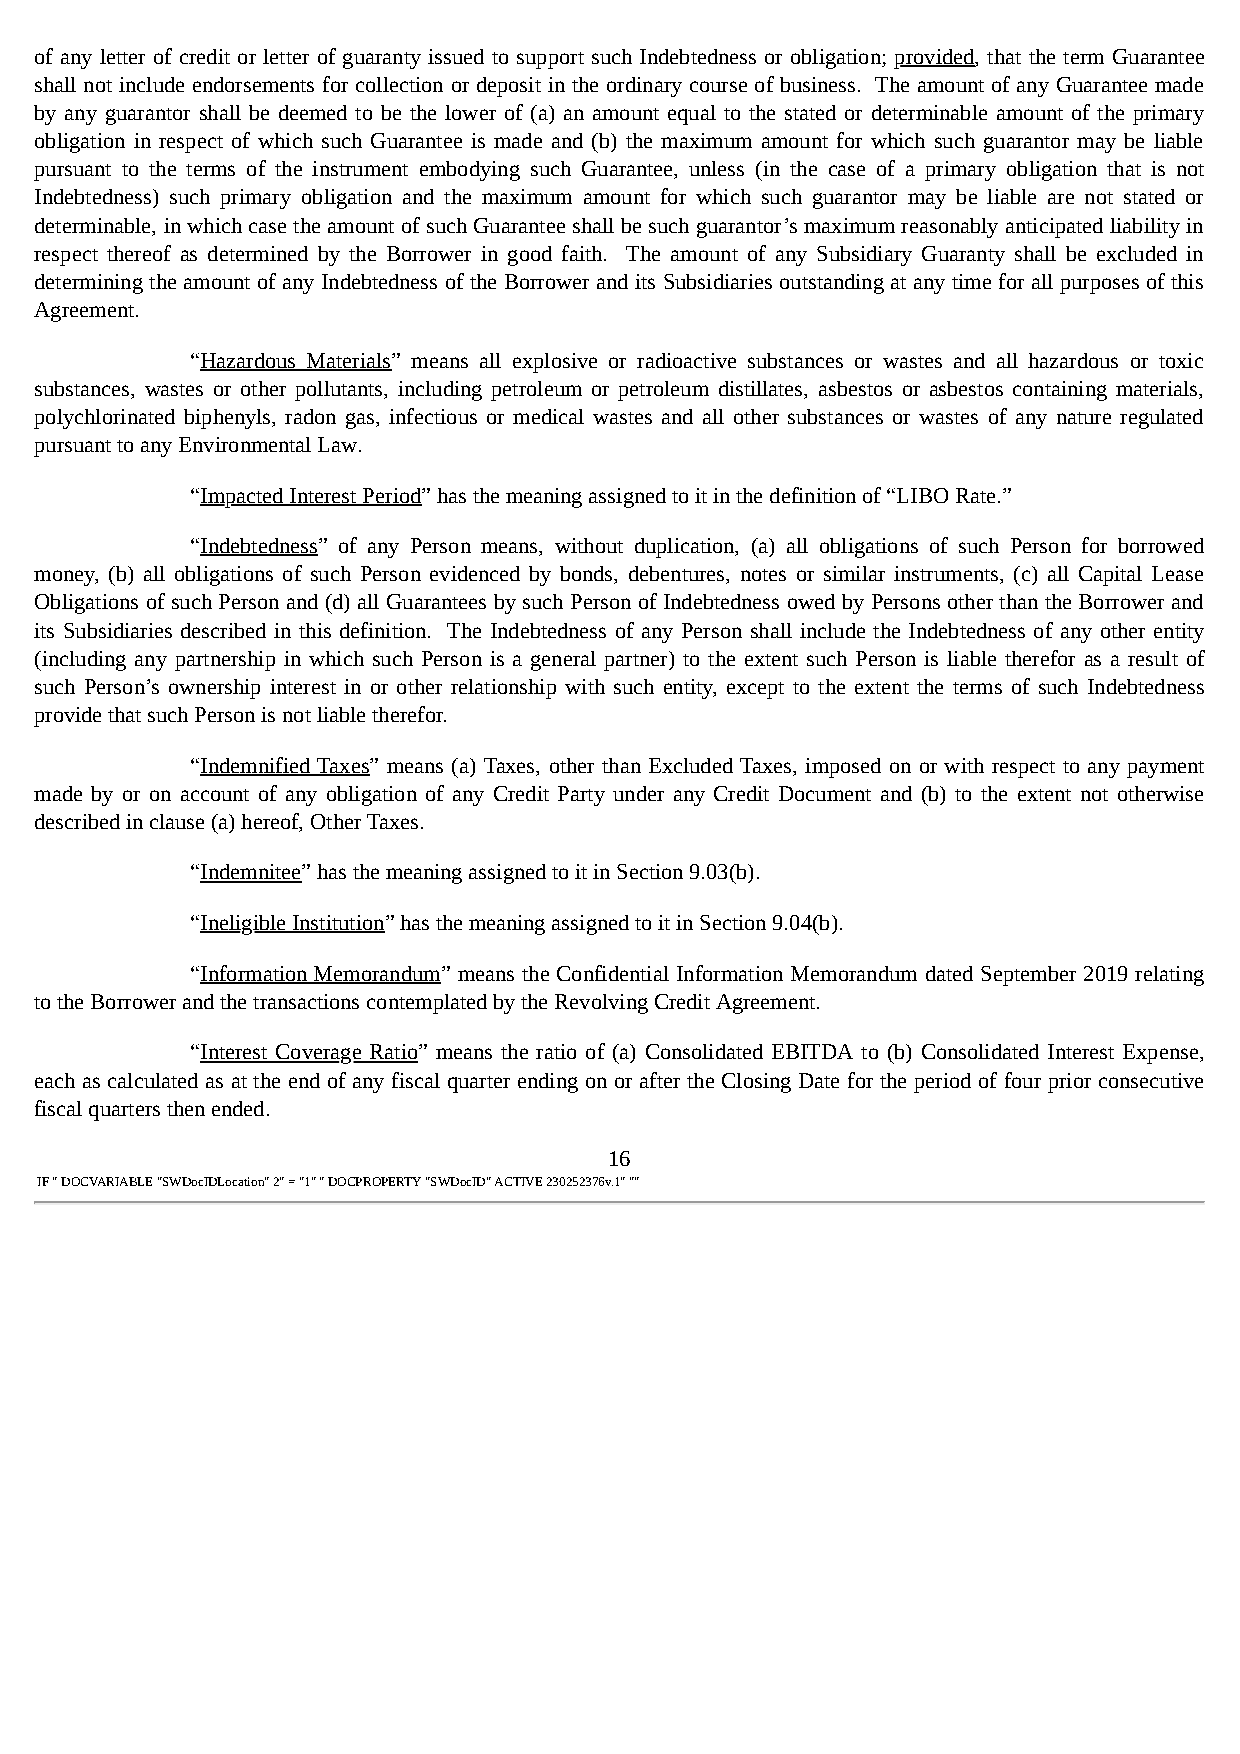
of any letter of credit or letter of guaranty issued to support such Indebtedness or obligation; provided, that the term Guarantee
 shall not include endorsements for collection or deposit in the ordinary course of business. The amount of any Guarantee made
 by any guarantor shall be deemed to be the lower of (a) an amount equal to the stated or determinable amount of the primary
 obligation in respect of which such Guarantee is made and (b) the maximum amount for which such guarantor may be liable
 pursuant to the terms of the instrument embodying such Guarantee, unless (in the case of a primary obligation that is not
 Indebtedness) such primary obligation and the maximum amount for which such guarantor may be liable are not stated or
 determinable, in which case the amount of such Guarantee shall be such guarantor’s maximum reasonably anticipated liability in
 respect thereof as determined by the Borrower in good faith. The amount of any Subsidiary Guaranty shall be excluded in
 determining the amount of any Indebtedness of the Borrower and its Subsidiaries outstanding at any time for all purposes of this
 Agreement.
 “Hazardous Materials” means all explosive or radioactive substances or wastes and all hazardous or toxic
 substances, wastes or other pollutants, including petroleum or petroleum distillates, asbestos or asbestos containing materials,
 polychlorinated biphenyls, radon gas, infectious or medical wastes and all other substances or wastes of any nature regulated
 pursuant to any Environmental Law.
 “Impacted Interest Period” has the meaning assigned to it in the definition of “LIBO Rate.”
 “Indebtedness” of any Person means, without duplication, (a) all obligations of such Person for borrowed
 money, (b) all obligations of such Person evidenced by bonds, debentures, notes or similar instruments, (c) all Capital Lease
 Obligations of such Person and (d) all Guarantees by such Person of Indebtedness owed by Persons other than the Borrower and
 its Subsidiaries described in this definition. The Indebtedness of any Person shall include the Indebtedness of any other entity
 (including any partnership in which such Person is a general partner) to the extent such Person is liable therefor as a result of
 such Person’s ownership interest in or other relationship with such entity, except to the extent the terms of such Indebtedness
 provide that such Person is not liable therefor.
 “Indemnified Taxes” means (a) Taxes, other than Excluded Taxes, imposed on or with respect to any payment
 made by or on account of any obligation of any Credit Party under any Credit Document and (b) to the extent not otherwise
 described in clause (a) hereof, Other Taxes.
 “Indemnitee” has the meaning assigned to it in Section 9.03(b).
 “Ineligible Institution” has the meaning assigned to it in Section 9.04(b).
 “Information Memorandum” means the Confidential Information Memorandum dated September 2019 relating
 to the Borrower and the transactions contemplated by the Revolving Credit Agreement.
 “Interest Coverage Ratio” means the ratio of (a) Consolidated EBITDA to (b) Consolidated Interest Expense,
 each as calculated as at the end of any fiscal quarter ending on or after the Closing Date for the period of four prior consecutive
 fiscal quarters then ended.
 16
 IF " DOCVARIABLE "SWDocIDLocation" 2" = "1" " DOCPROPERTY "SWDocID" ACTIVE 230252376v.1" ""